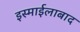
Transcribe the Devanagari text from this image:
इस्माईलाबाद